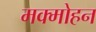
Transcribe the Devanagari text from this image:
मक्मोहन